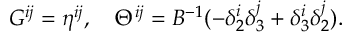
G ^ { i j } = \eta ^ { i j } , \ \ \ \Theta ^ { i j } = B ^ { - 1 } ( - \delta _ { 2 } ^ { i } \delta _ { 3 } ^ { j } + \delta _ { 3 } ^ { i } \delta _ { 2 } ^ { j } ) .